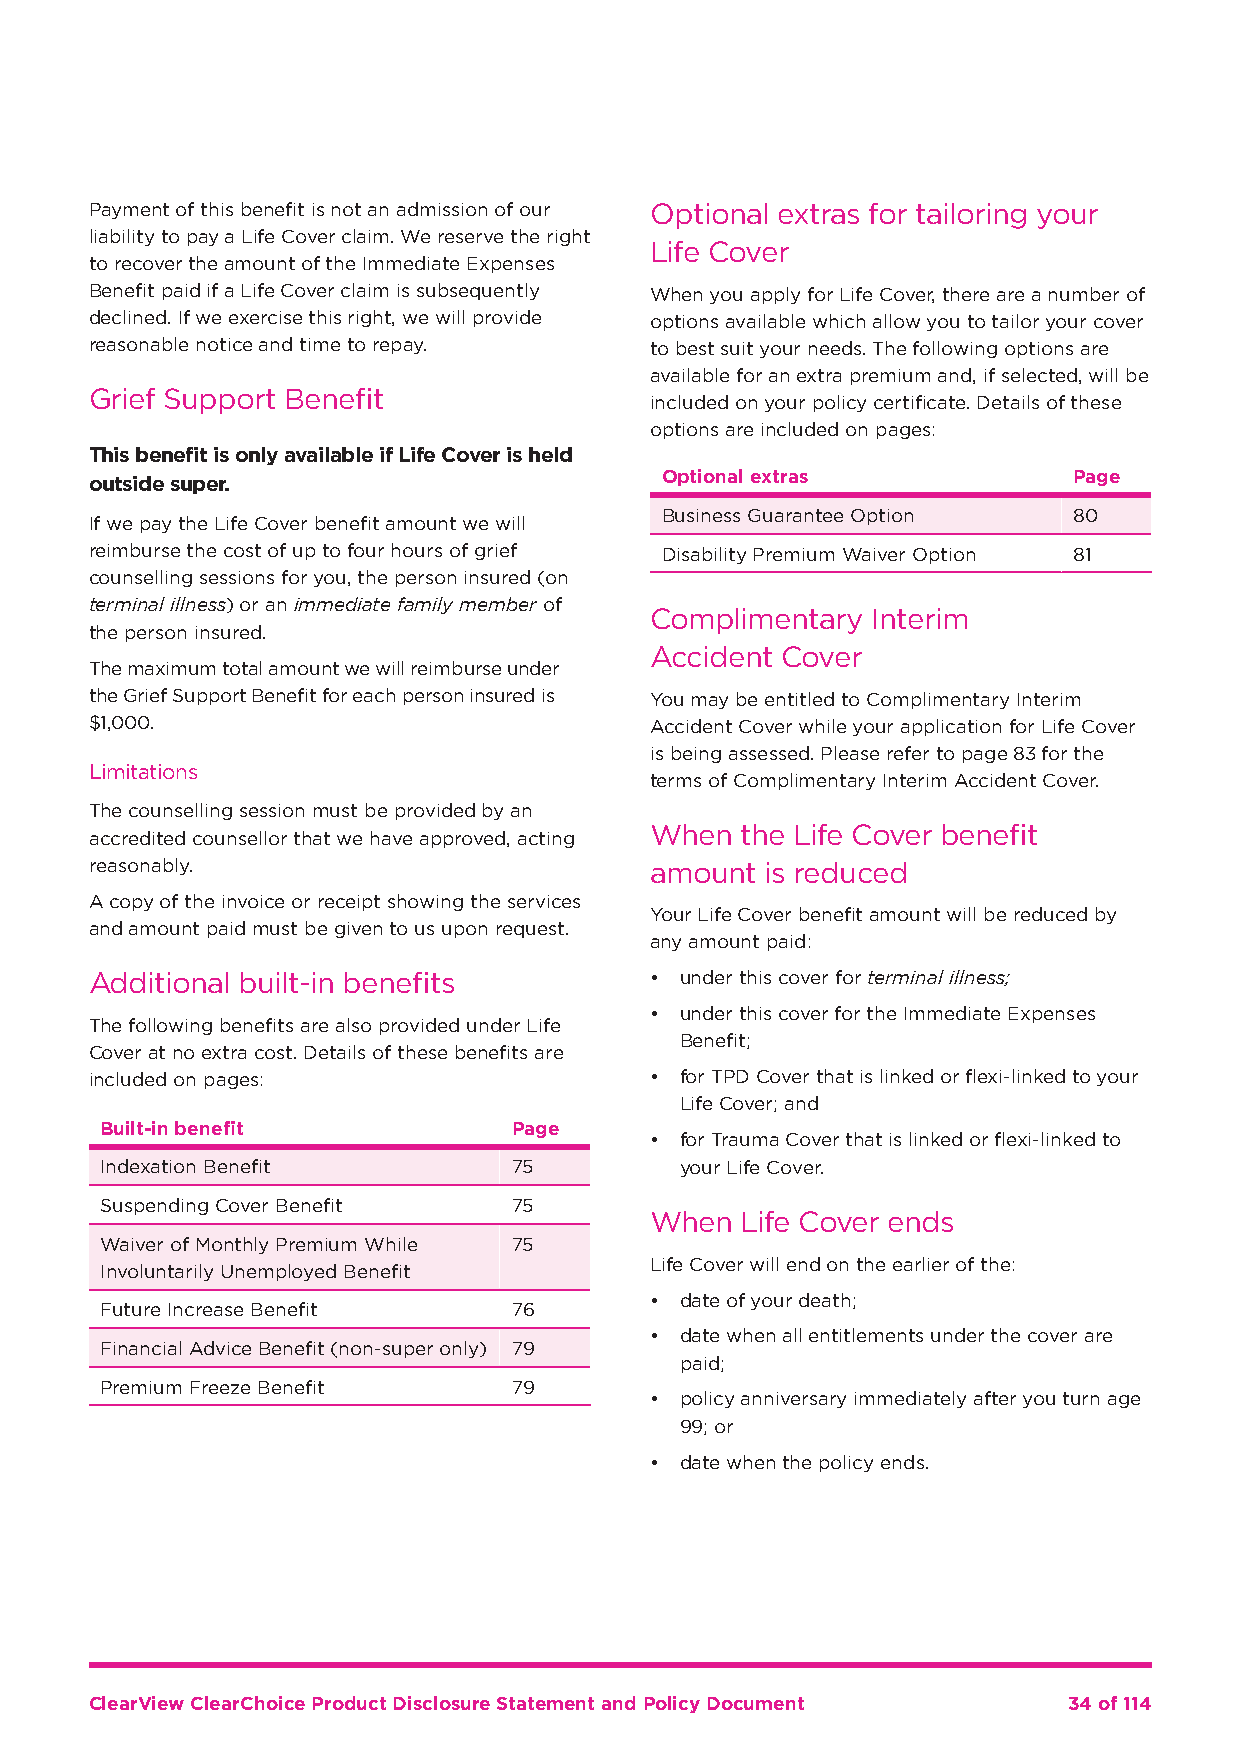
Payment of this benefit is not an admission of our Optional extras for tailoring your
 liability to pay a Life Cover claim. We reserve the right
 Life Cover
 to recover the amount of the Immediate Expenses
 Benefit paid if a Life Cover claim is subsequently When you apply for Life Cover, there are a number of
 declined. If we exercise this right, we will provide options available which allow you to tailor your cover
 reasonable notice and time to repay. to best suit your needs. The following options are
 available for an extra premium and, if selected, will be
 Grief Support Benefit
 included on your policy certificate. Details of these
 options are included on pages:
 This benefit is only available if Life Cover is held
 Optional extras            Page
 outside super.
 Business Guarantee Option  80
 If we pay the Life Cover benefit amount we will
 reimburse the cost of up to four hours of grief Disability Premium Waiver Option 81
 counselling sessions for you, the person insured (on
 terminal illness) or an immediate family member of
 Complimentary  Interim
 the person insured.
 Accident Cover
 The maximum total amount we will reimburse under
 the Grief Support Benefit for each person insured is You may be entitled to Complimentary Interim
 $1,000.                              Accident Cover while your application for Life Cover
 is being assessed. Please refer to page 83 for the
 Limitations
 terms of Complimentary Interim Accident Cover.
 The counselling session must be provided by an
 When  the Life Cover benefit
 accredited counsellor that we have approved, acting
 reasonably.                          amount  is reduced
 A copy of the invoice or receipt showing the services
 Your Life Cover benefit amount will be reduced by
 and amount paid must be given to us upon request.
 any amount paid:
 Additional built-in benefits         • under this cover for terminal illness;
 • under this cover for the Immediate Expenses
 The following benefits are also provided under Life
 Benefit;
 Cover at no extra cost. Details of these benefits are
 included on pages:                   • for TPD Cover that is linked or flexi-linked to your
 Life Cover; and
 Built-in benefit           Page
 • for Trauma Cover that is linked or flexi-linked to
 Indexation Benefit         75         your Life Cover.
 Suspending Cover Benefit   75
 When  Life Cover ends
 Waiver of Monthly Premium While 75
 Life Cover will end on the earlier of the:
 Involuntarily Unemployed Benefit
 • date of your death;
 Future Increase Benefit    76
 • date when all entitlements under the cover are
 Financial Advice Benefit (non-super only) 79
 paid;
 Premium Freeze Benefit     79
 • policy anniversary immediately after you turn age
 99; or
 • date when the policy ends.
 ClearView ClearChoice Product Disclosure Statement and Policy Document 34 of 114